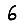
Digit: 6